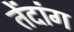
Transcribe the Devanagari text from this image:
तेंदांग